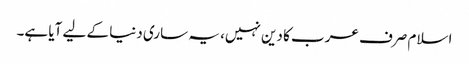
اسلام صرف عرب کا دین نہیں، یہ ساری دنیا کے لیے آیا ہے۔